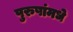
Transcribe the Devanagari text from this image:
पुरुषांमधे